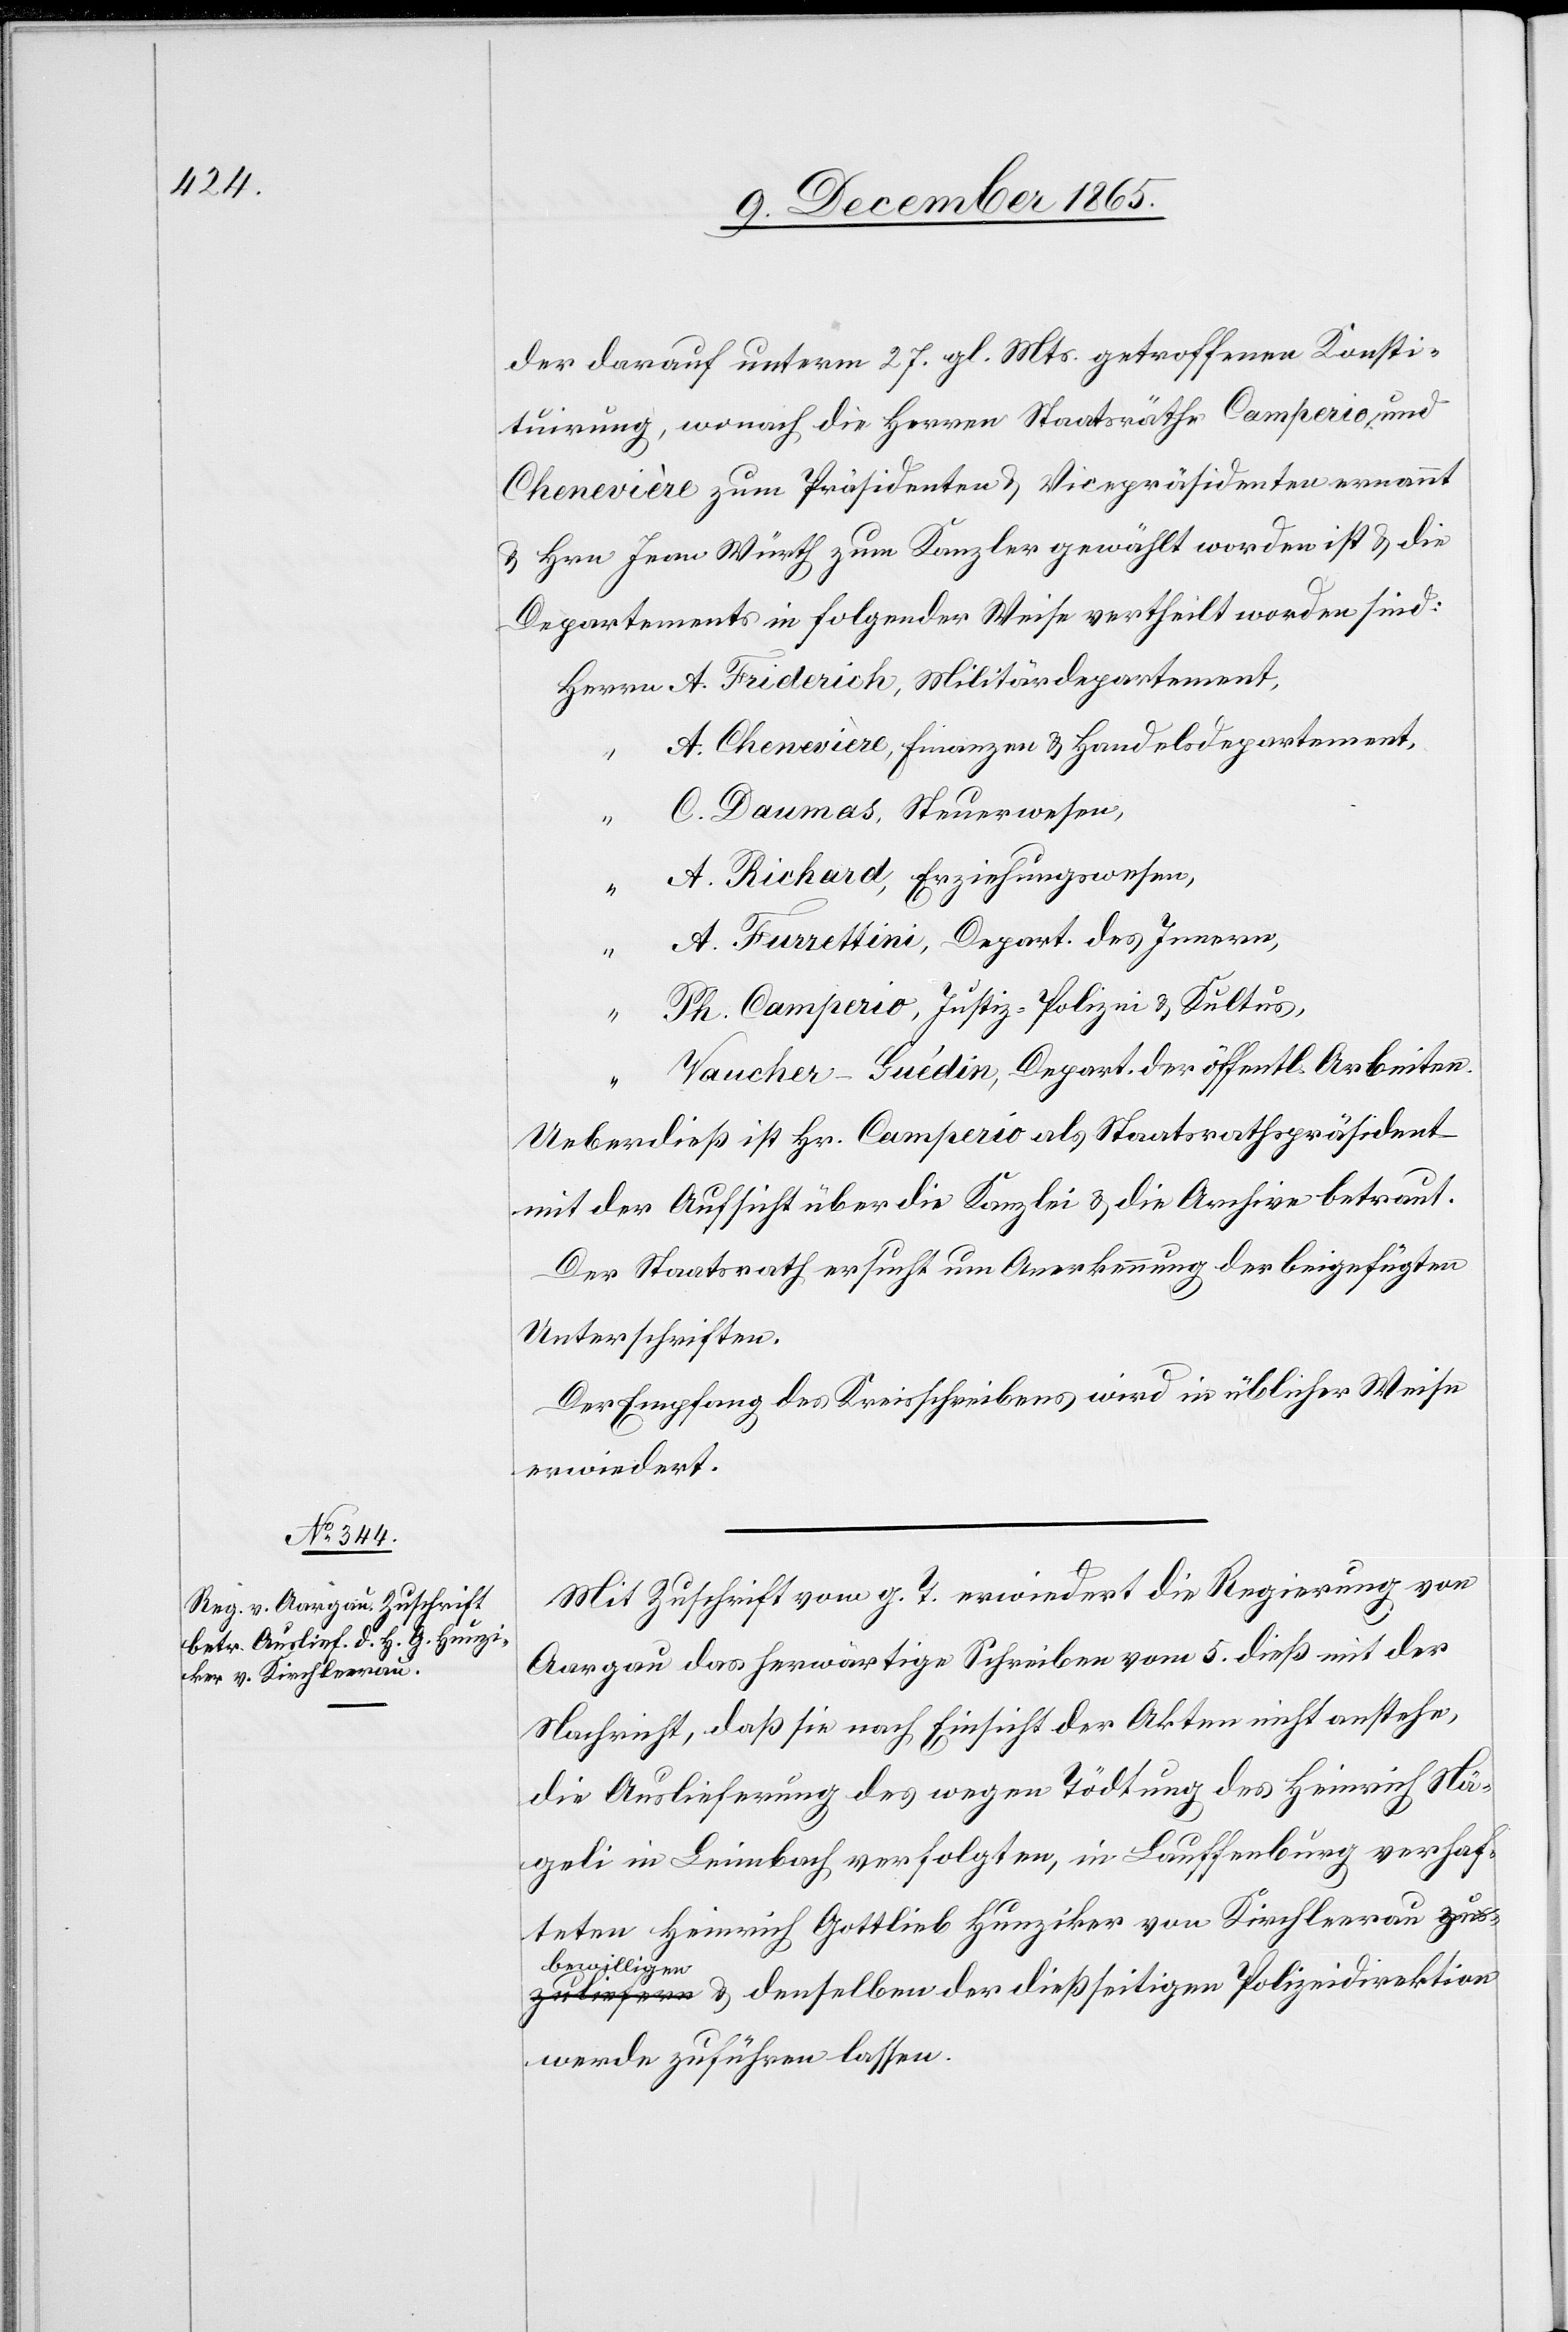
der darauf unterm 27. gl. Mts. getroffenen Konsti¬
tuirung, wonach die Herren Staatsräthe Camperio und
Chenevière zum Präsidenten & Vicepräsidenten ernannt
& Hrn. Jean Würth zum Kanzler gewählt worden ist & die
Departements in folgender Weise vertheilt worden sind:
A. Chenevière, Finanzen & Handelsdepartement,
C. Daumas, Steuerwesen,
A. Richard, Erziehungswesen,
A. Furrettini, Depart. des Innern,
“
Ph. Camperio, Justiz, Polizei & Kultus,
“
Taucher-Guédin, Depart. der öffentl. Arbeiten.
Ueberdieß ist Hr. Camperio als Staatsrathspräsident
mit der Aufsicht über die Kanzlei & die Archive betraut.
Der Staatsrath ersucht um Anerkennung der beigefügten
Unterschriften.
Der Empfang des Kreisschreibens wird in üblicher Weise
erwiedert.
Mit Zuschrift vom g. T. erwiedert die Regierung von
Aargau das herwärtige Schreiben vom 5. dieß mit der
Nachricht, daß sie nach Einsicht der Akten nicht anstehe,
die Auslieferung des wegen Tödtung des Heinrich Nä¬
geli in Leimbach verfolgten, in Lauffenburg verhaf¬
teten Heinrich Gottlieb Hunziker von Kirchleerau a-ausz¬
bew¬
uliefern
illigen-a & denselben der dießseitigen Polizeidirektion
werde zuführen lassen.